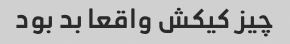
چیز کیکش واقعا بد بود